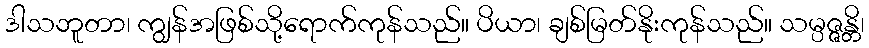
ဒါသဘူတာ၊ ကျွန်အဖြစ်သို့ရောက်ကုန်သည်။ ပိယာ၊ ချစ်မြတ်နိုးကုန်သည်။ သမ္ပဇ္ဇန္တိ၊